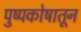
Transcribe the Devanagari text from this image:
पुष्पकोषातून